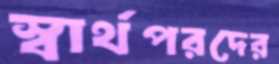
স্বার্থপরদের